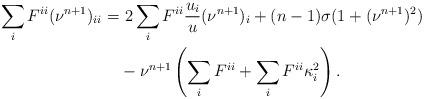
LaTeX: \begin{align*}\sum_i F^{ii}(\nu^{n+1})_{ii} =&\ 2\sum_i F^{ii}\frac{u_i}{u} (\nu^{n+1})_i+(n-1)\sigma (1+(\nu^{n+1})^2)\\&-\nu^{n+1}\left(\sum_i F^{ii}+\sum_i F^{ii}\kappa_i^2\right).\end{align*}